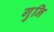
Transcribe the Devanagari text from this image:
गुनि